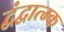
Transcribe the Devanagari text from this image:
द्वंद्वात्म्क